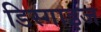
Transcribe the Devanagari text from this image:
डिस्गाइज